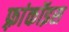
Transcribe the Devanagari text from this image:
फ़्रांकॉइस